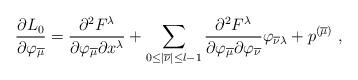
LaTeX: \begin{align*} \frac{\partial L_0}{\partial \varphi_{\overline{\mu}}} = \frac{\partial^2 F^\lambda}{\partial \varphi_{\overline{\mu}} \partial x^\lambda} + \sum_{0\le |{\overline{\nu}}|\le l-1} \frac{\partial^2 F^\lambda}{\partial \varphi_{\overline{\mu}}\partial \varphi_{\overline{\nu}}} \varphi_{\overline{\nu}\lambda} + p^{({\overline{\mu}})} \ ,\end{align*}